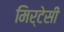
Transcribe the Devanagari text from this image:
मिर्टेसी